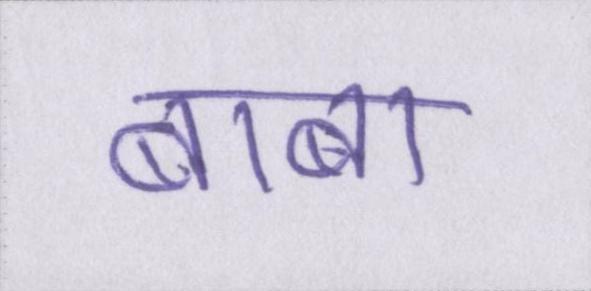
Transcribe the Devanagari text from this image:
बाबा